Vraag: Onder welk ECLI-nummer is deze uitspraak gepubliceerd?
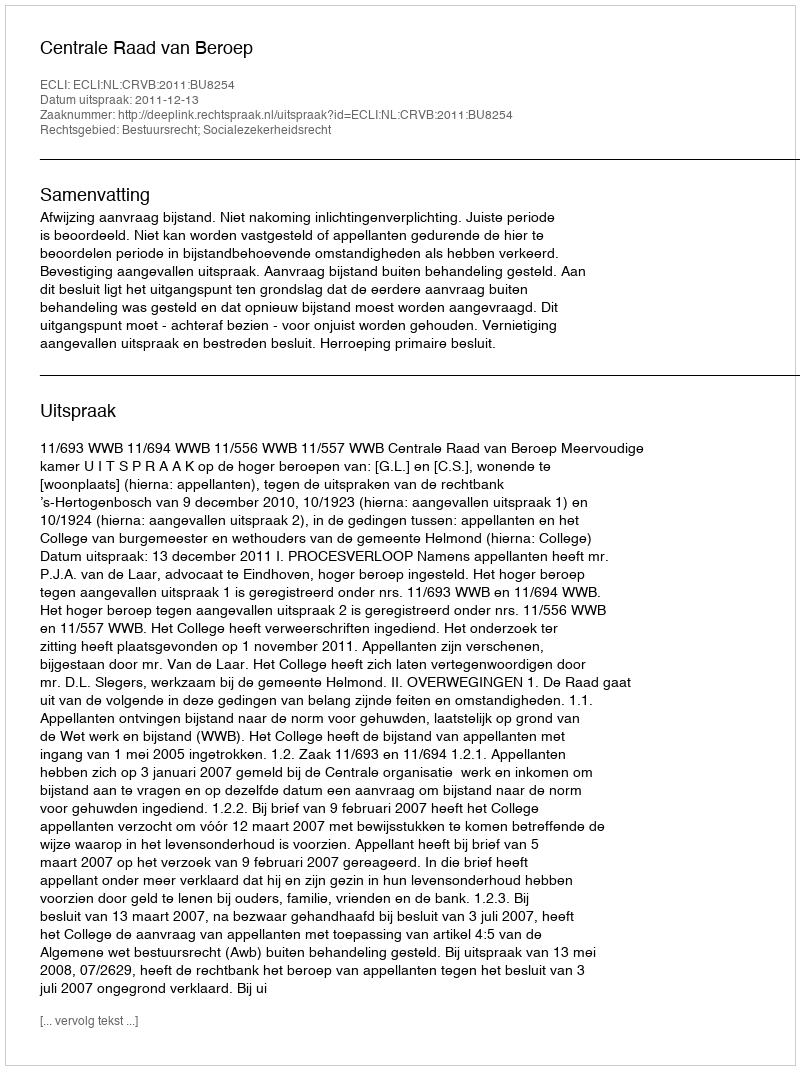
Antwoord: ECLI:NL:CRVB:2011:BU8254